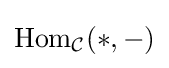
\mathrm {Hom} _{\mathcal {C}}(*,-)